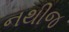
નથીજ